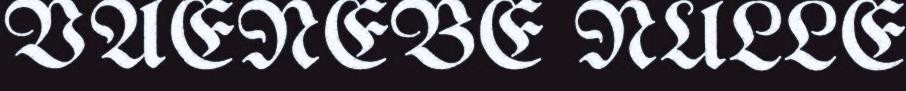
VAENEBE NULLE